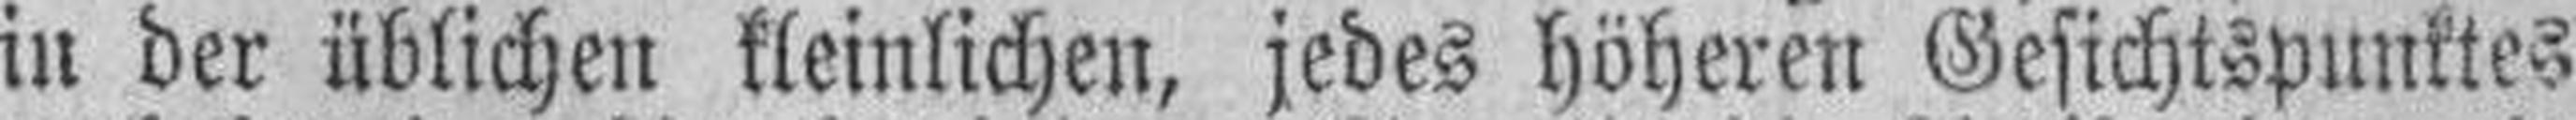
in der üblichen kleinlichen, jedes höheren Gesichtspunktes